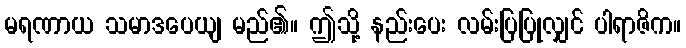
မရဏာယ သမာဒပေယျ မည်၏။ ဤသို့ နည်းပေး လမ်းပြပြုလျှင် ပါရာဇိက။